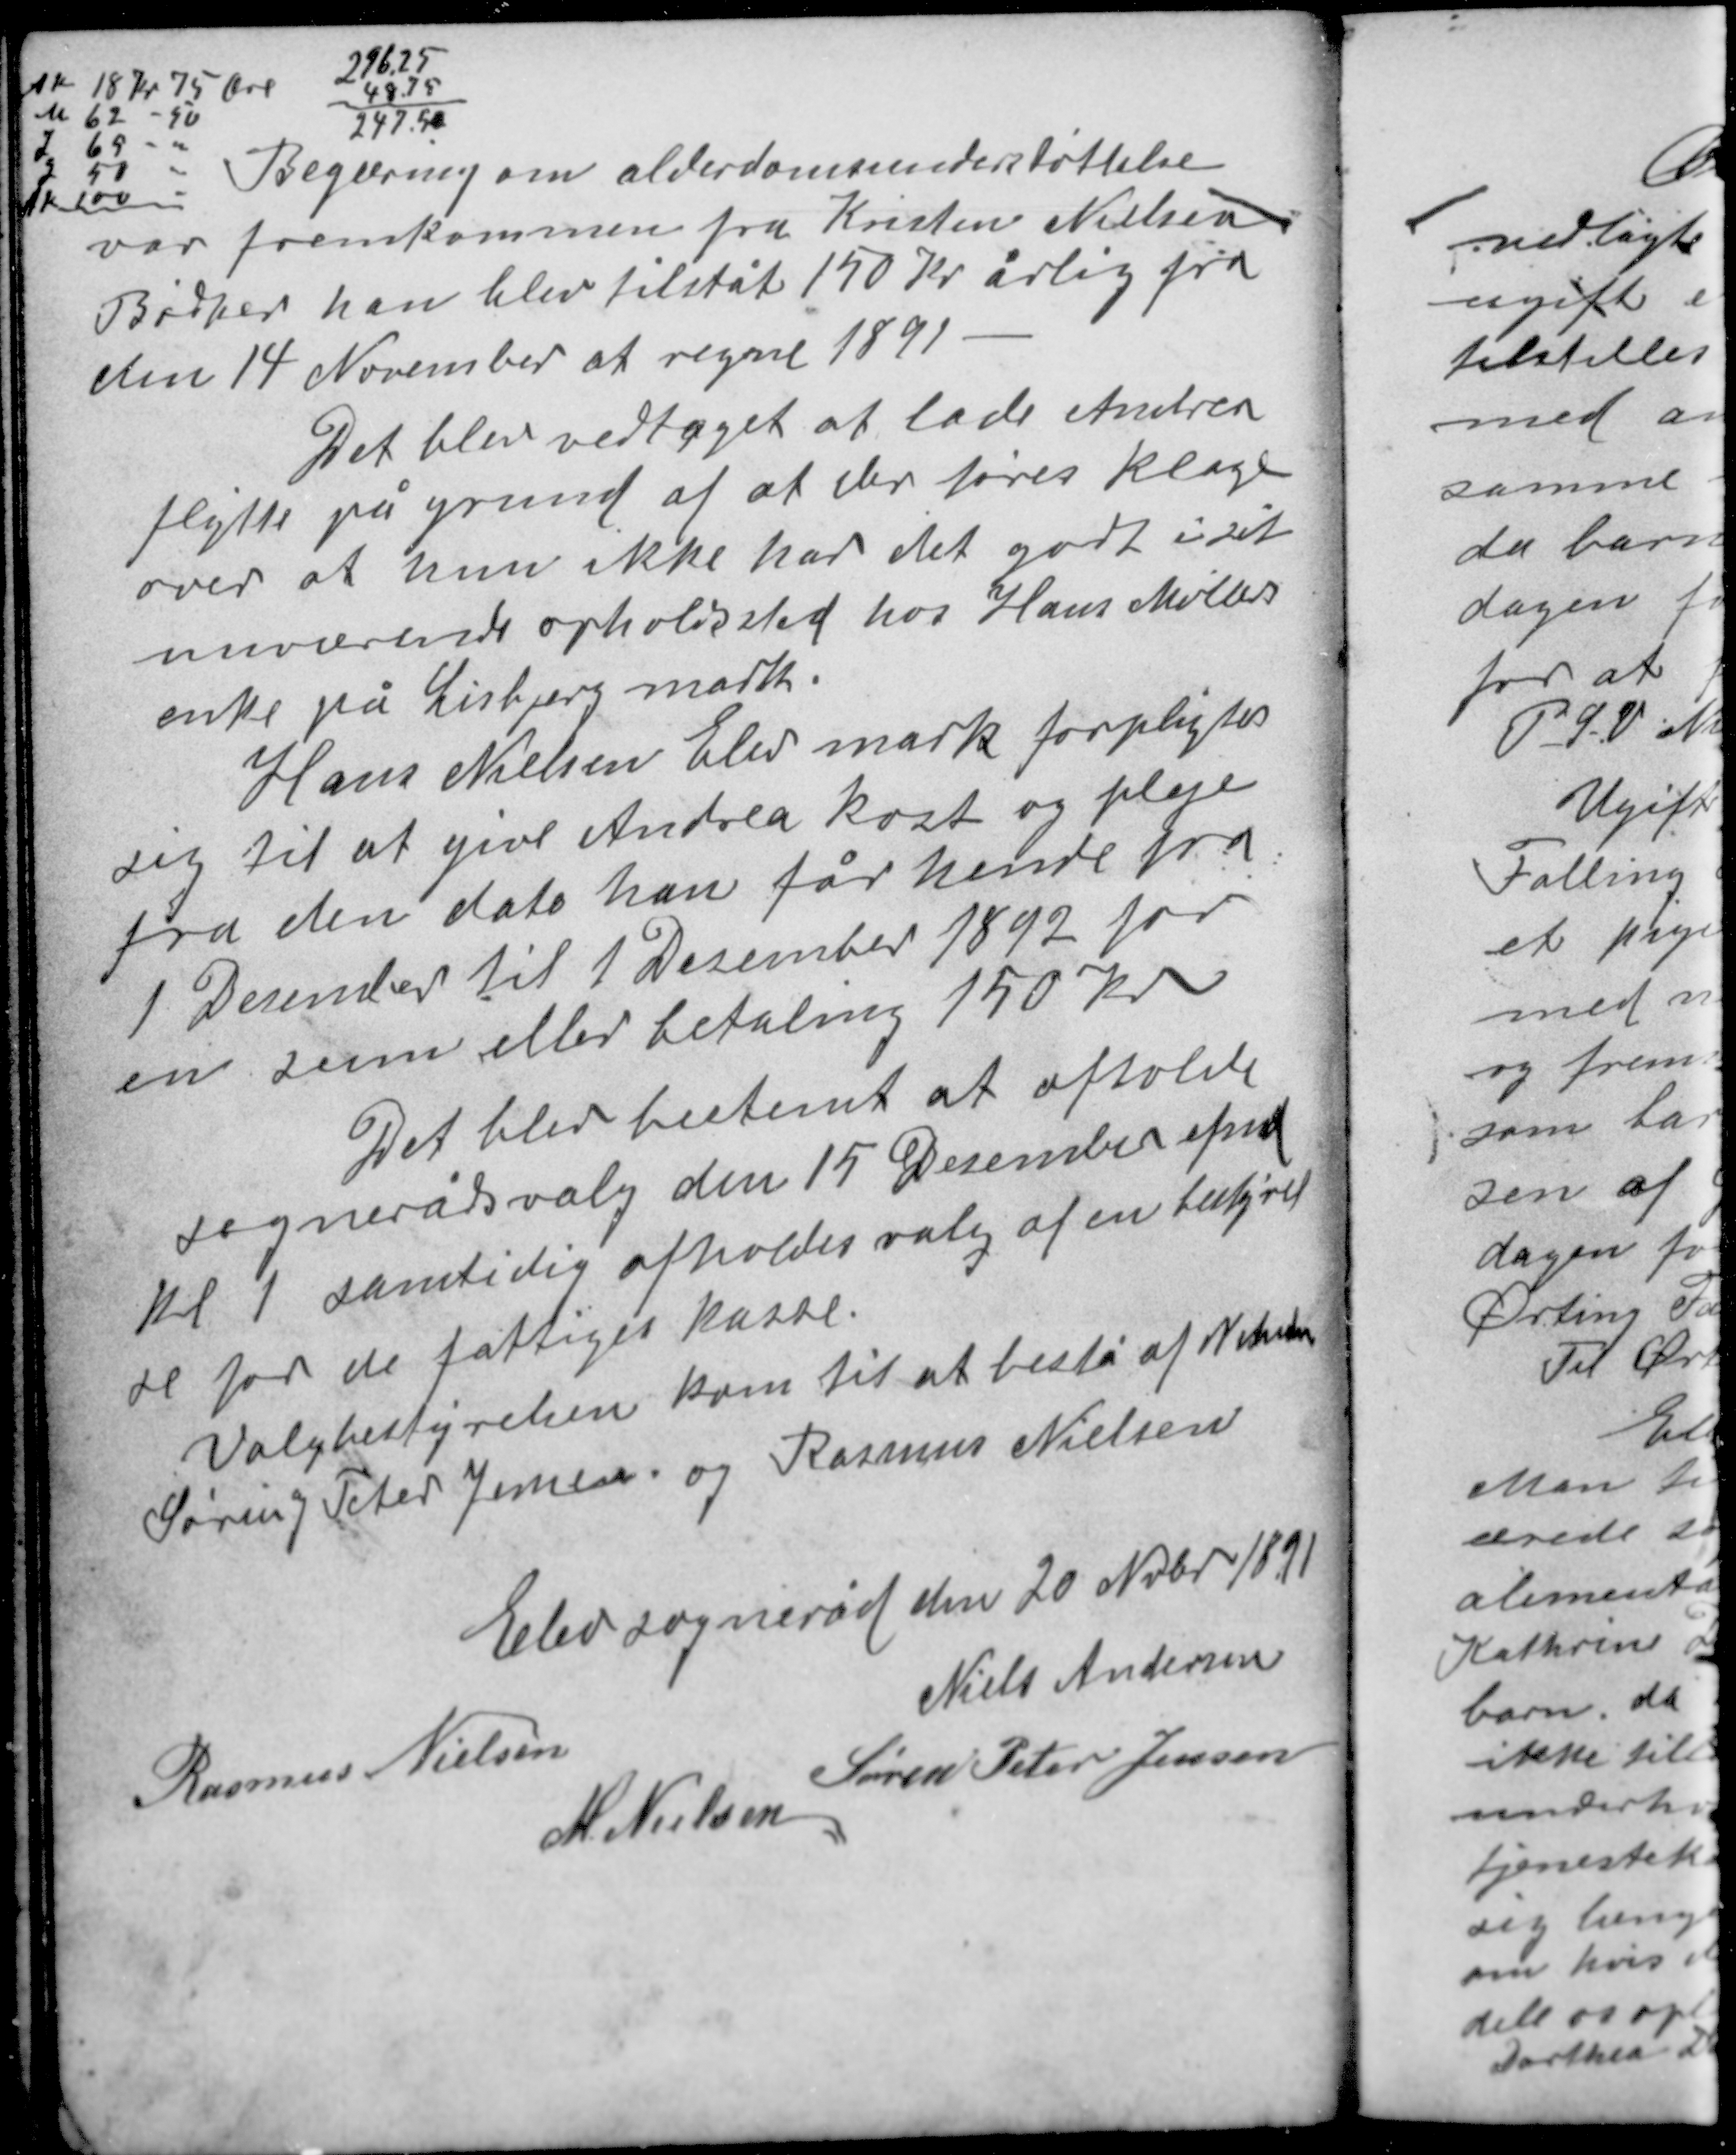
Transskription:
296,25
48,75
247,50

AK 18 kr 75 øre
M 62 - 50
L 69 - 00
L 50 00
AK 100 -

Begæring om alderdomsunderstøttelse

var fremkommen fra Kristen Nielsen
Bødker han blev tilståt 150 Kr årlig fra
den 14 November at regne 1891

Det blev vedtaget at lade Andrea
flytte på grund af at der føres klage
over at hun ikke har det godt i sit
nuværende opholdssted hos Hans Møllers
enke på Lisbjerg mark.

Hans Nielsen Elev mark forpligter
sig til at give Andrea kost og pleje
fra den dato han får hende fra
1 December til 1 December 1892 for
en sum eller betaling 150 kr

Det blev bestemt at afholde
sognerådsvalg den 15 December efmd.
kl 1 samtidig afholdes valg af en bestyrel-
se for de fattiges kasse.
Valgbestyrelsen kom til at bestå af Nxxxx
Søren og Peter Jensen og Rasmus Nielsen

Elev sogneråd den 20 Nvbr 1891
Niels Andersen
Søren Peter Jensen
Rasmus Nielsen
M. Nielsen